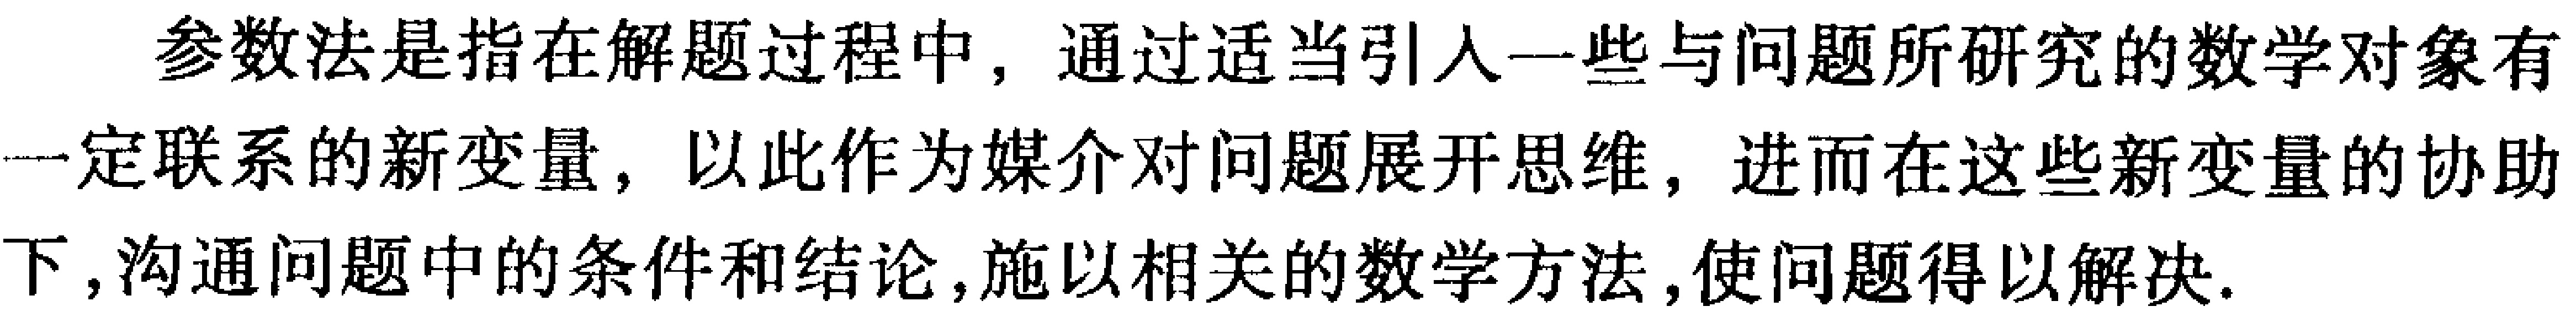
参数法是指在解题过程中, 通过适当引入一些与问题所研究的数学对象有一定联系的新变量, 以此作为媒介对问题展开思维, 进而在这些新变量的协助下,沟通问题中的条件和结论,施以相关的数学方法,使问题得以解决.